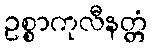
ဥစ္စာကုလီနတ္တံ